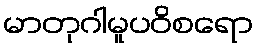
မာတုဂါမူပဝိစရော